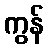
ကွန်